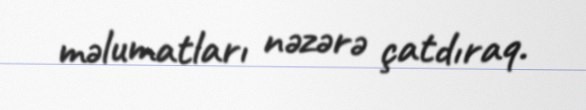
məlumatları nəzərə çatdıraq.